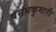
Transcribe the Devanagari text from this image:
वसंथकुमारी